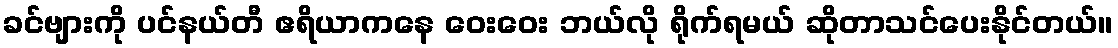
ခင်ဗျားကို ပင်နယ်တီ ဧရိယာကနေ ဝေးဝေး ဘယ်လို ရိုက်ရမယ် ဆိုတာသင်ပေးနိုင်တယ်။